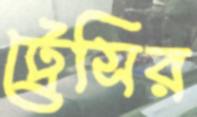
ট্রেসির